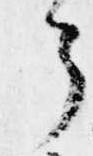
了